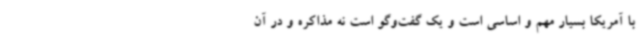
با آمریکا بسیار مهم و اساسی است و یک گفت‌وگو است نه مذاکره و در آن